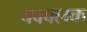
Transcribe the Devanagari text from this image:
चक्क्लक